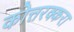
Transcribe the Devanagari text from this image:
कोत्तरक्करा